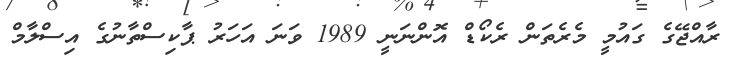
ރާއްޖޭގެ ގައުމީ މެރެތަން ރެކޯޑް އޮންނަނީ 1989 ވަނަ އަހަރު ޕާކިސްތާނުގެ އިސްލާމް